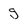
Character: g